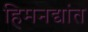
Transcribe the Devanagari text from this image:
हिमनद्यांत